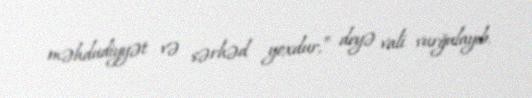
məhdudiyyət və sərhəd yoxdur,” deyə vali vurğulayıb.